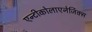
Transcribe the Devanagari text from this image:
एन्टीकोलाएनेर्जिक्स